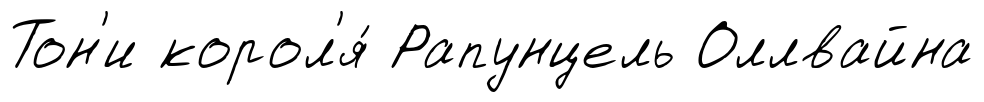
Тон'и корол'я́ Рапунцель Оллвайна